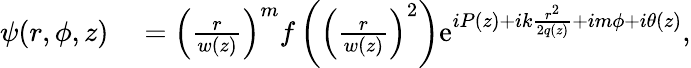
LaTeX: \begin{array}{rl}{\psi(r,\phi,z)}&{{}=\left(\frac{r}{w(z)}\right)^{m}f\left(\left(\frac{r}{w(z)}\right)^{2}\right)\mathrm{e}^{iP(z)+ik\frac{r^{2}}{2q(z)}+im\phi+i\theta(z)},}\end{array}